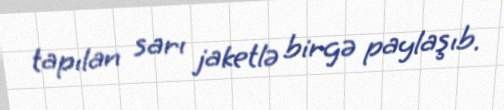
tapılan sarı jaketlə birgə paylaşıb.